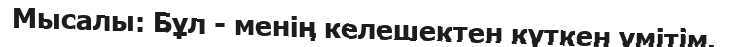
Мысалы: Бұл - менің келешектен күткен үмітім.